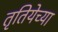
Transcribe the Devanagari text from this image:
तृतियेच्या